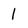
Character: 1